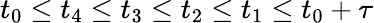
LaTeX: {t_{0}\leq t_{4}\leq t_{3}\leq t_{2}\leq t_{1}\leq t_{0}+\tau}